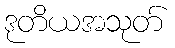
ဒုတိယအသုတ်